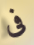
فى